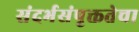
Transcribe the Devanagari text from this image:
संदर्भसंपृक्ततेचा